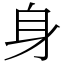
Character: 身